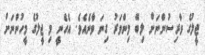
ޖީލުގެ ވާރިސުންނަށް ލިބޭ މިންވަރު ގިނަ ވާނެއެވެ. އެހެނީ މި ޖީލުގެ މީހުންނަށް